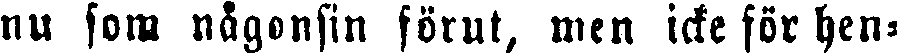
nu som någonsin förut, men icke för hen-